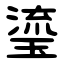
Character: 瑬